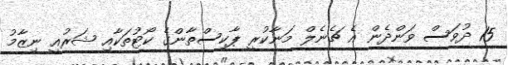
15 ދުވަސް ވަންދެން އެ ޗެނެލް މަނާކުރީ ޕާކިސްތާންގެ ކޯޓުތަކާއި ޝަރުއީ ނިޒާމު